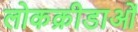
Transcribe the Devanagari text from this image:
लोकक्रीडाओं